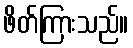
ဖိတ်ကြားသည်။